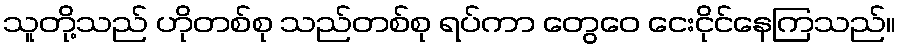
သူတို့သည် ဟိုတစ်စု သည်တစ်စု ရပ်ကာ တွေဝေ ငေးငိုင်နေကြသည်။